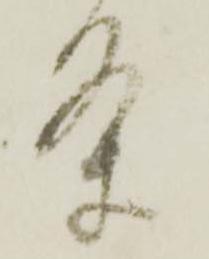
条